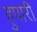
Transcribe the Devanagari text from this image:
हुपारी